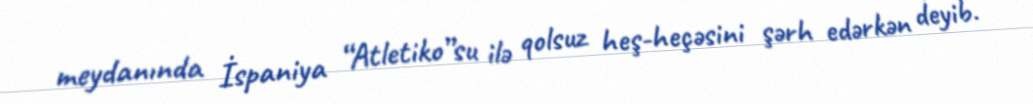
meydanında İspaniya “Atletiko”su ilə qolsuz heş-heçəsini şərh edərkən deyib.